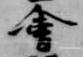
会